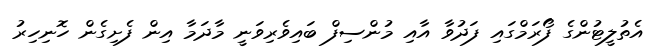
އެތުލީޓުންގެ ފޯރަމްގައި ފަދުވާ އާއި މުންސިފް ބައިވެރިވަނީ މާދަމާ އިން ފެށިގެން ހޮނިހިރު